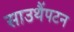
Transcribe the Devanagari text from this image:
साउथैंपटन